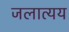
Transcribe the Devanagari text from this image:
जलात्यय